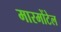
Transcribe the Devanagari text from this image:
मारमोंटेल